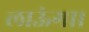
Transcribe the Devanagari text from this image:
लाऊंगा।